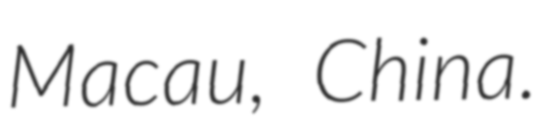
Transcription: Macau, China.